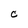
Character: C